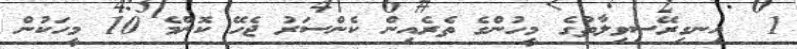
1  އިނގިރޭސިވިލާތުގެ މީހުންގެ ތެރެއިން ކެންސަރު ޖެހޭ ކޮންމެ 10 މީހަކުން